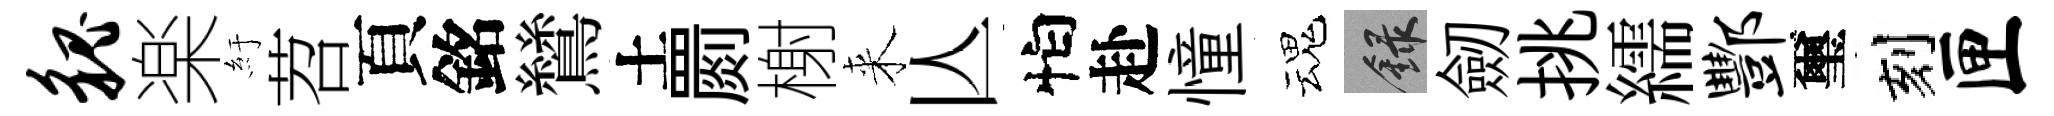
貌楽紆苕頁銘鷥土罽榭来亾怕赴憧魂録劒挑繻酆璽刻匣